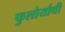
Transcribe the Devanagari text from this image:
फुलोर्याची